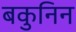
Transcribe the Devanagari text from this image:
बकुनिन